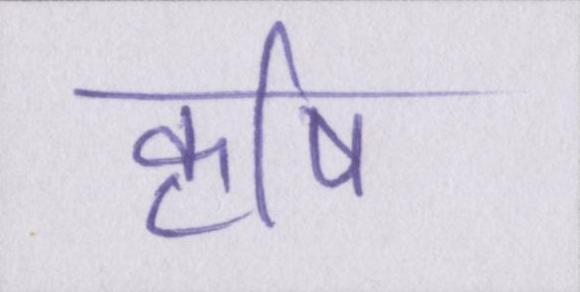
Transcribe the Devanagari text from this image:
कॄषि